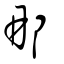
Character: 那